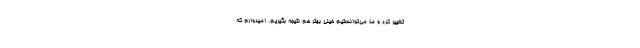
تغییر کرد و ما می‌توانستیم خیلی بهتر هم نتیجه بگیریم. امیدوارم که